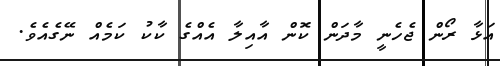
އަޅާ ރޯން ޖެހެނީ މާދަން ކޮން އާއިލާ އެއްގެ ކާކު ކަމެއް ނޭގެއެވެ.